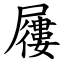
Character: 屨